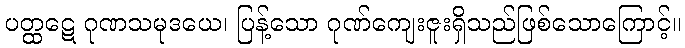
ပတ္ထဋေ ဂုဏသမုဒယေ၊ ပြန့်သော ဂုဏ်ကျေးဇူးရှိသည်ဖြစ်သောကြောင့်။